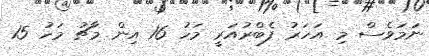
ނަމަވެސް މި އަހަރު ފެބްރުއަރީ މަހު 16 އިން މާޗު މަހު 15